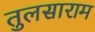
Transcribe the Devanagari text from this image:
तुलसाराम